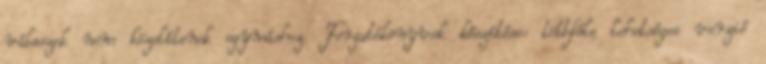
válaszok nem közelítenek egymáshoz. Forgatókönyvek készítése: többféle lehetséges verzió